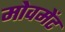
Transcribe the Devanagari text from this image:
मोवमेंट